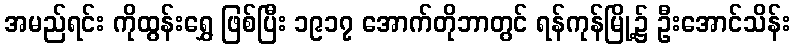
အမည်ရင်း ကိုထွန်းရွှေ ဖြစ်ပြီး ၁၉၁၇ အောက်တိုဘာတွင် ရန်ကုန်မြို့၌ ဦးအောင်သိန်း